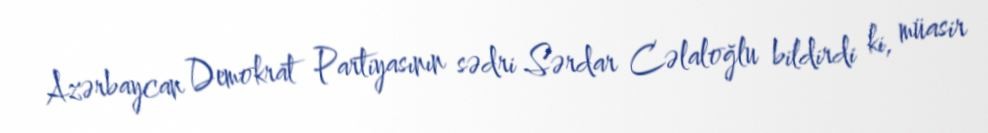
Azərbaycan Demokrat Partiyasının sədri Sərdar Cəlaloğlu bildirdi ki, müasir